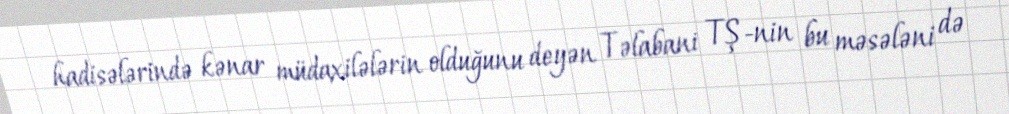
hadisələrində kənar müdaxilələrin olduğunu deyən Təlabani TŞ-nin bu məsələni də